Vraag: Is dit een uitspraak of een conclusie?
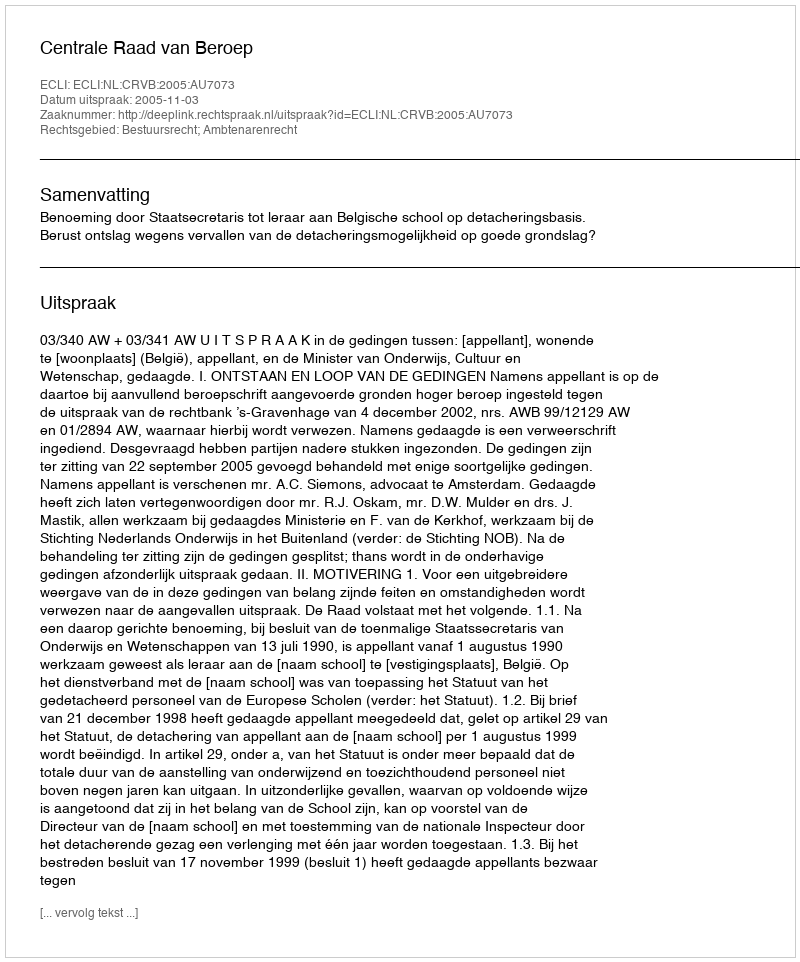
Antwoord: Uitspraak